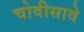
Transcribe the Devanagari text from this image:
चोवीसावे